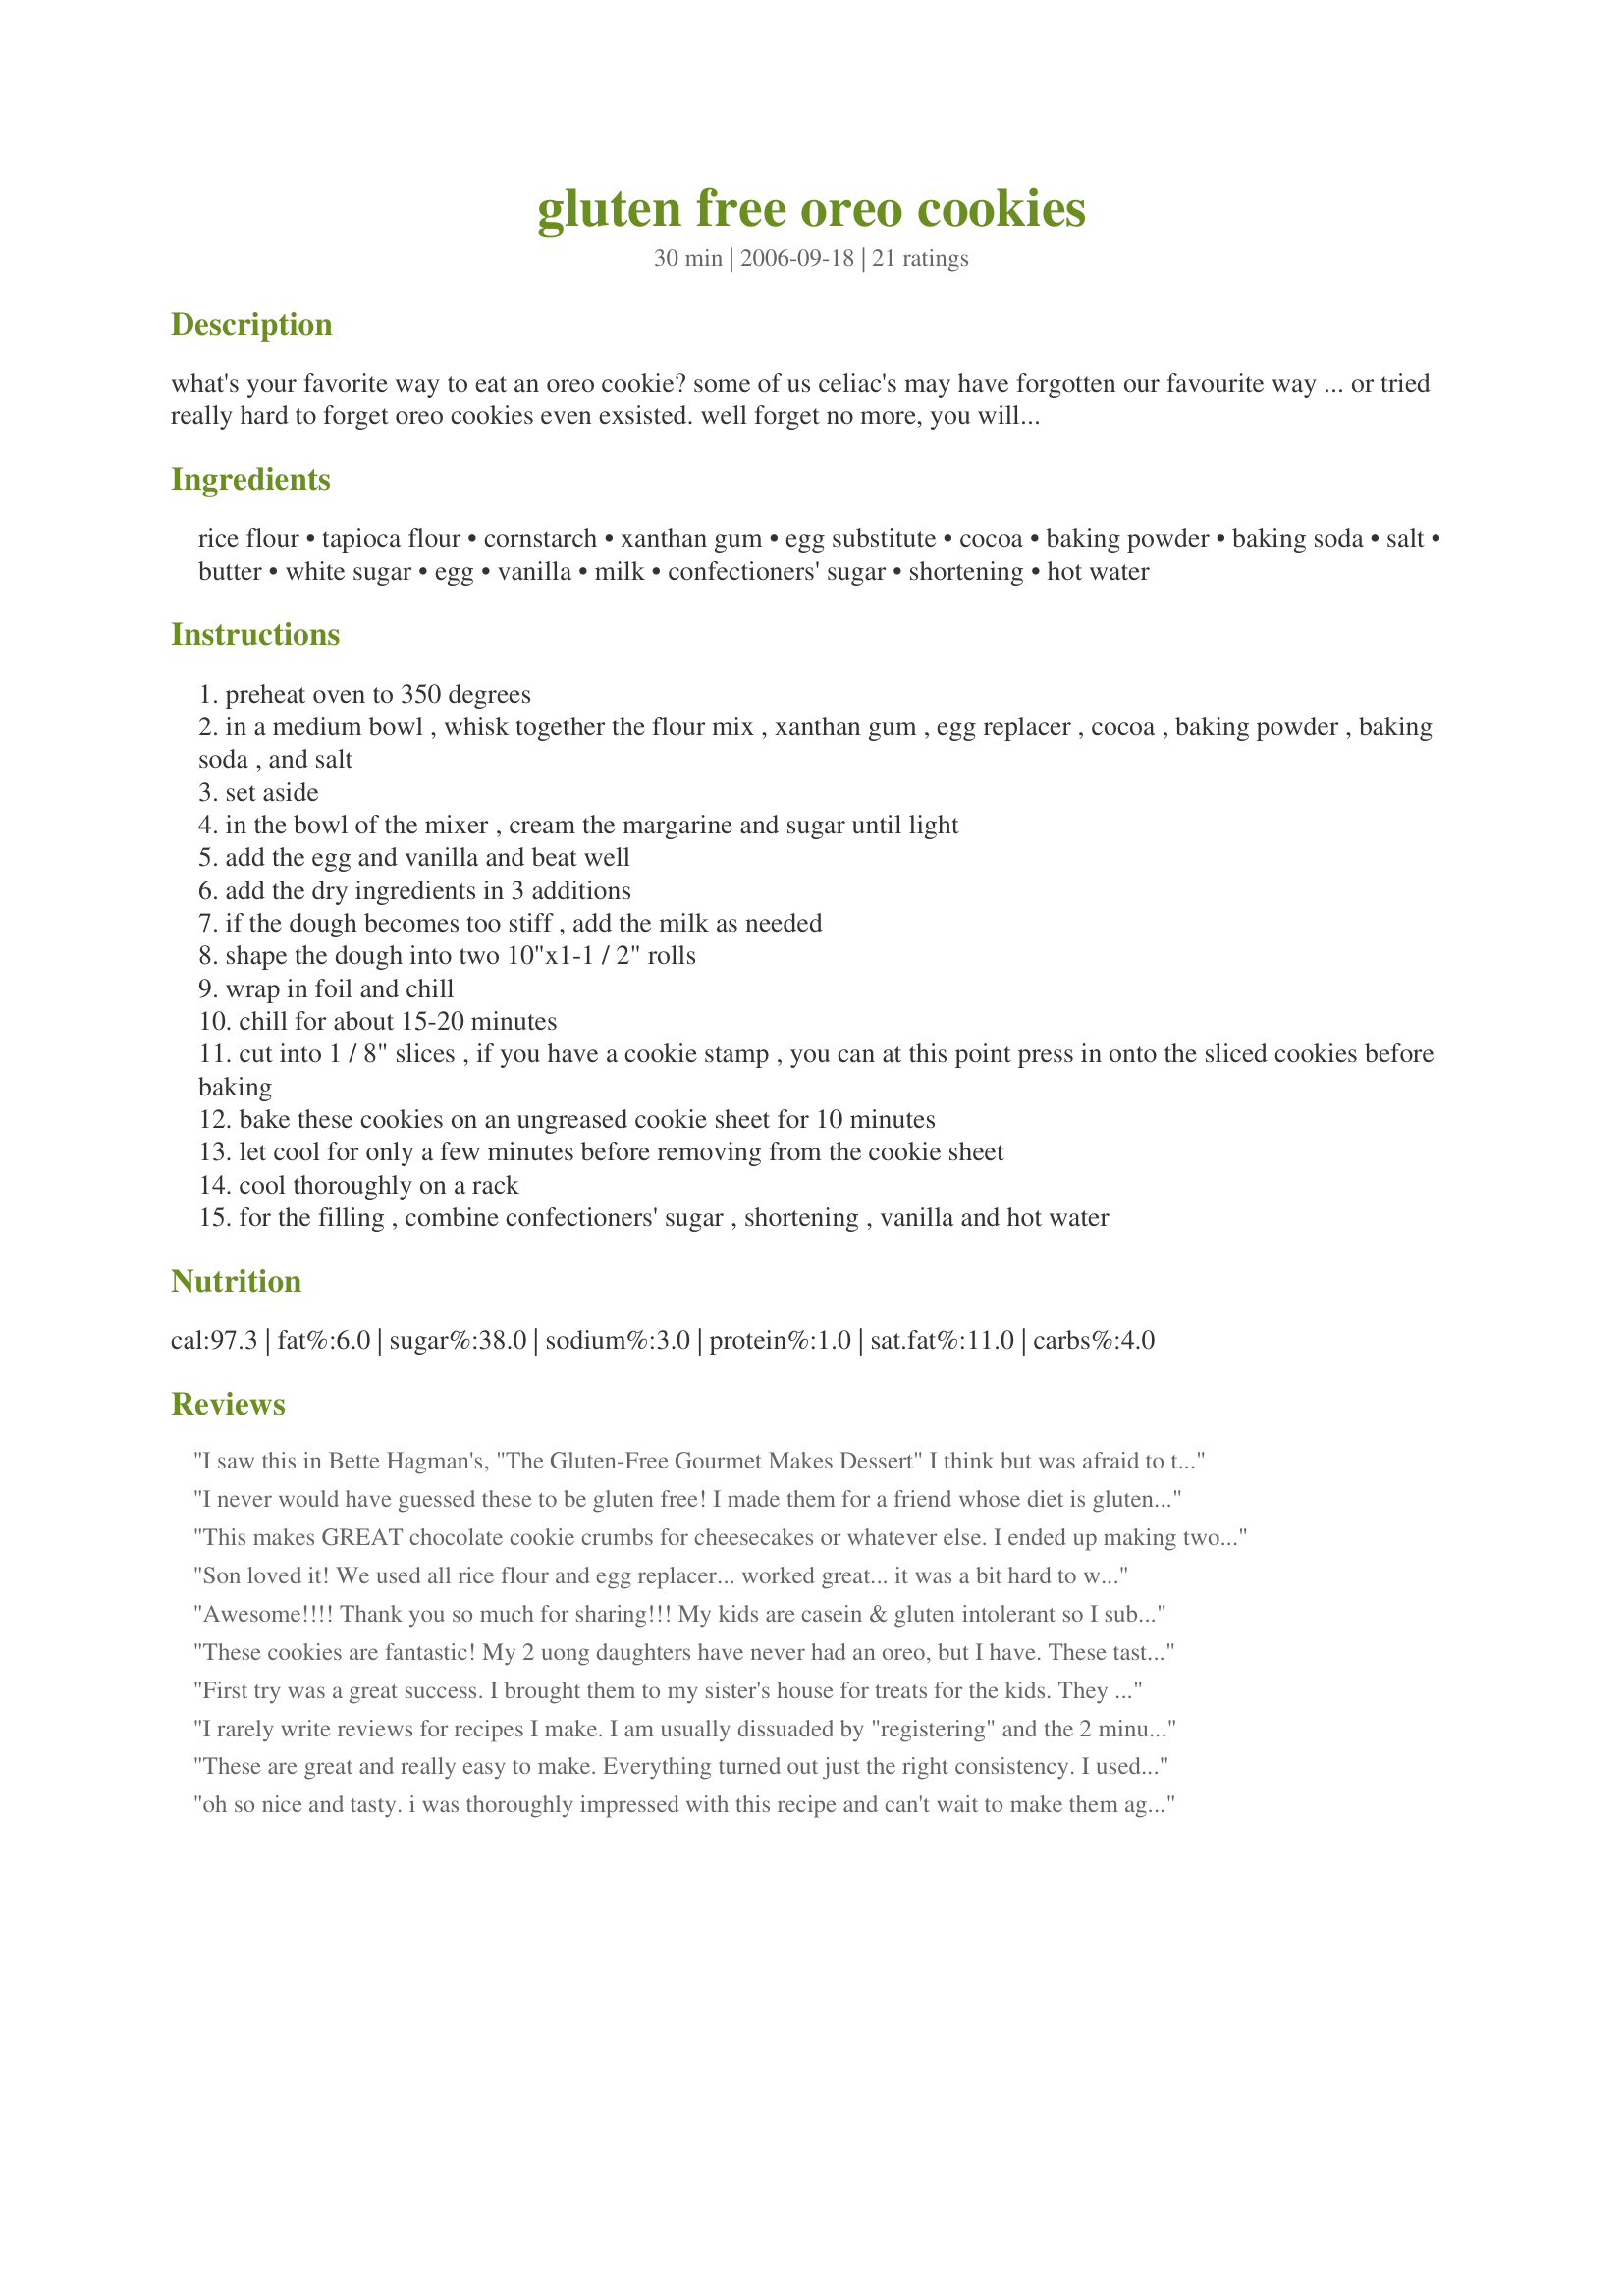
gluten free oreo cookies
Preparation time: 30 minutes

what's your favorite way to eat an oreo cookie? some of us celiac's may have forgotten our favourite way ... or tried really hard to forget oreo cookies even exsisted. well forget no more, you will never have another craving for an oreo cookie. these taste exactly like the real wheat containing oreo cookie. split these cookies apart and lick the frosting from each side, or dip them in milk, they are so similar! slip these cookies into your children's lunches for a real treat. they won't feel different from the other kids eating these, infact the other children will definetly be envious of them for once! note: if you have a cookie stamp, press onto sliced cookies before baking to give a more authentic look to the cookies.

Ingredients:
rice flour, tapioca flour, cornstarch, xanthan gum, egg substitute, cocoa, baking powder, baking soda, salt, butter, white sugar, egg, vanilla, milk, confectioners' sugar, shortening, hot water

Steps:
preheat oven to 350 degrees
in a medium bowl , whisk together the flour mix , xanthan gum , egg replacer , cocoa , baking powder , baking soda , and salt
set aside
in the bowl of the mixer , cream the margarine and sugar until light
add the egg and vanilla and beat well
add the dry ingredients in 3 additions
if the dough becomes too stiff , add the milk as needed
shape the dough into two 10"x1-1 / 2" rolls
wrap in foil and chill
chill for about 15-20 minutes
cut into 1 / 8" slices , if you have a cookie stamp , you can at this point press in onto the sliced cookies before baking
bake these cookies on an ungreased cookie sheet for 10 minutes
let cool for only a few minutes before removing from the cookie sheet
cool thoroughly on a rack
for the filling , combine confectioners' sugar , shortening , vanilla and hot water

Reviews:
I saw this in Bette Hagman's, "The Gluten-Free Gourmet Makes Dessert" I think but was afraid to try it. Thanks to GlutenFreeGirl for posting it AND to all you reviewers for giving me the guts to try it. I had to make it egg , refined sugar and dairy free as well so, I subbed an additional teaspoon of egg replacer and 2 tbsp water for the egg, (just added with the dry ingredients and the water with the wet ingredients) changed the butter to Spectrum shortening and subbed 1/2 agave and 1/2 honey for the sugar and didn't need to add any rice milk. Gluten, vegan, and refined sugar free for the allergic kids in my life! Great! Thanks again! Oops I forgot one thing. The dough is not that easy to handle, when I sliced it, it was deformed, not nice circles. So, I did one batch by rolling between parchment paper, using a glass (you can use a cookie cutter too) to cut circles, putting the sheet in the freezer for a few minutes and then removing the circles and baking. The scraps can be re-rolled. Another faster method I used was shaping into balls then dipped the bottom of a glass in some sweet rice flour and flattening. The cut outs looked much nicer, but they both taste great!
I never would have guessed these to be gluten free! I made them for a friend whose diet is gluten free and she and the whole family were amazed at how great they tasted! No more expensive pre-packaged for them!:) The only thing I had any difficulty with was the filling and it wasn't even a problem. Just had to add more then the 2 tablespoons suggested hot water to get the consistency right for spreading. Perhaps I didn't have it quite hot enough to begin with. I had to quit "sampling" them before delivering because they were so good! Thank you for sharing this wonderful recipe I've passed on to my friend! :)
This makes GREAT chocolate cookie crumbs for cheesecakes or whatever else. I ended up making two huge cookies, and leaving them out overnight. The next day, I broke them up and ran them through the blender. It made about 5 cups of cookie crumbs, which should be enough for two 10" cheesecakes.

Oh yeah, and the wife and kids liked the chunks of cookies by themselves. :)
Son loved it! We used all rice flour and egg replacer... worked great... it was a bit hard to work with and I have an issue with the 1/8 cutting... LOL... I will have to work on that...

But they were very very good!!!
Awesome!!!! Thank you so much for sharing!!! My kids are casein & gluten intolerant so I subst. the butter with 1/2 c. organic spectrum shortening and 1/2 c. applesauce. I also used Karma Ice cream (gluten & dairy free) for a nice ice cream sandwich!! They are killer!!!!! Thanks Again!!!
These cookies are fantastic! My 2 uong daughters have never had an oreo, but I have. These taste the same. The only thing I did different is use powdered egg replacer for the egg. Wonderful! Thank you so much!
First try was a great success. I brought them to my sister's house for treats for the kids. They were enjoyed by all and only one celiac among us! Outstanding dough - so easy to handle. I started slicing the roll of dough as suggested, but found myself reshaping the dough. I decided to make walnut size balls and flatten them with my hand. Worked out great! If you prefer a chewier cookie, cook 1 minute less. The icing was right on the money! Tastes just like the real thing.
I rarely write reviews for recipes I make. I am usually dissuaded by "registering" and the 2 minutes of effort that takes. That being said, I baked, I ate, I registered. Worth every second. Since going gluten-free, I'd forgotten how much I missed my double stuf friends until I discovered this recipe and the delicious results. I followed the recipe almost exactly (I had no egg substitute so I just threw in an extra egg white to the wet ingredients) and it turned out wonderfully. Highly recommended. I know Xanthan gum is expensive, but it's worth the investment.
These are great and really easy to make. Everything turned out just the right consistency. I used ground flax seed for the egg substitute and lowfat canola spread instead of butter.
Thanks a lot for posting.
oh so nice and tasty. i was thoroughly impressed with this recipe and can't wait to make them again. it's an actually easy recipe to follow and takes less time than i thought it would. like i said, very nice.
Very good-I didn't make the filling and the cookies were great without it! Thanks!
So close to the real thing that I was in heaven.
These will be made often!
Great recipe, worked well with rice milk, dairy-free marg and egg replacer for a gluten/egg/dairy/nut free biscuit - we loved them!
simply AMAZING! [=
I want to update my review. We have made these several times now. Recently I had to stop eating corn and dairy because my 4 month old infant is sensitive to them and I am nursing. So...for the cornstarch I substituted equal parts tapioca flour and arrowroot. I used Spectrum shortening in place of butter, and almond milk in place of milk. Worked out just fine. You will need to add a bit more milk than listed if you do this however. 
Another thing I discovered...I was going to use my cookie press for these but the dough was too thick HOWEVER...I did find that you good put a mishapen log of doughin the cookie press and press the dough down toward to die and then just remove the whole log. What you end up with is a perfectly round dough log and better looking cookies...more uniform. I sliced them up and put a piece of parchment over each cookie and then presed the bottom of a juice glass over the top to flatten them out a bit. They look much nicer this way:)

My 3 year old helped make these with me. They were really easy. His comments about the dough.. "That looks like mud mommy. It's really good". They ARE really good. The only thing I will change next time is to double the filling. We ran out before filling all the cookies.
These cookies are WONDERFUL!! It took me a little while to get used to the dough, but the taste is perfect! My kids couldn't get enough!

To make perfect shapes, I put the dough into a cookie press and compressed it as much as I could to make the dough stick together. I put it in the refrigerator, and then I just squeezed the handle a little and cut off a little bit of dough. They were perfect! Thanks for the recipe!!
They taste great! I subbed coconut oil for the butter and shortening, brown rice flour for the white and ground gluten free oats for the cornstarch. Next time I would use the brown rice flour or the oats but not both as they are a little dry but the taste is perfect. Thanks for posting!
I have a nephew who is on a gluten/casein/soy-free diet and I wanted to make some cookies that he could eat at our family Christmas Eve get-together. I just finished putting these together and wanted to thank you for providing a recipe that is tasty and more importantly, is going to help a little boy feel included in the festivities. I altered the recipe to make them dairy-free by using almond milk and soy-free by using a soybean oil free shortening (Spectrum brand) for the filling. I left out the egg subsitute as well because all of the brands I found had soy in them. I had to use quite a bit of the almond milk to make the dough workable (it is very stiff), but be patient and make sure your dough isn't too dry when you roll and wrap them or they'll just fall apart when you cut them. Great recipe!
Oh my goodness! These are wonderful, and that filling!!!
Excellent! We have tried the gluten free oreo type cookies from the store and weren't impressed at all, but these are delicious and less expensive, too! I used two teaspoons of ground flax seeds for the 2 teaspoons of egg substitute, I used turbinado sugar for the white sugar, and I used non-hydrogenated, organic coconut oil for the shortening. We will definitely be making these again! (My husband recommends making a slighter larger batch of filling, as he likes to sort of double-stuff them!)
These are terrific! Modifications I made:
~ 2 tsp. ground flax seed for egg substitute
~ I was out of vanilla, so I left it out.
~ did not add milk.
I simply rolled small portions into a ball and smashed them to about 1/8 inch with the bottom of a glass. Perfect! 
I look forward to adapting this recipe, minus the cocoa, for sugar cookies during the holidays!
Thanks!
